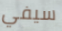
سيفي